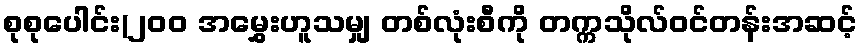
စုစုပေါင်း(၂၀၀ အမွှေးဟူသမျှ တစ်လုံးစီကို တက္ကသိုလ်ဝင်တန်းအဆင့်